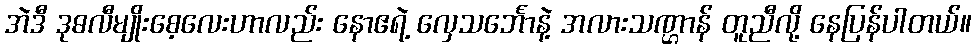
အဲဒီ ဒုဓလီမျိုးစေ့လေးဟာလည်း နောဧရဲ့ လှေသင်္ဘောနဲ့ အလားသဏ္ဌာန် တူညီလို့ နေပြန်ပါတယ်။